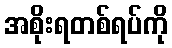
အစိုးရတစ်ရပ်ကို